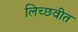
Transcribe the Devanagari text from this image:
लिच्छवीत